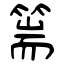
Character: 篅